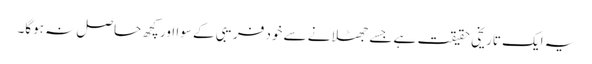
یہ ایک تاریخی حقیقت ہے جسے جھٹلانے سے خود فریبی کے سوا اور کچھ حاصل نہ ہوگا۔